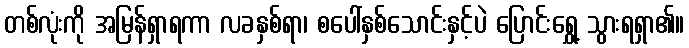
တစ်လုံးကို အမြန်ရှာရကာ လခနှစ်ရာ၊ စပေါ်နှစ်သောင်းနှင့်ပဲ ပြောင်းရွှေ့ သွားရရှာ၏။